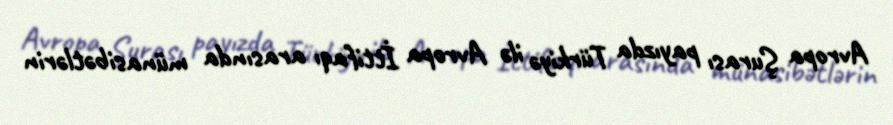
Avropa Şurası payızda Türkiyə ilə Avropa İttifaqı arasında münasibətlərin